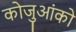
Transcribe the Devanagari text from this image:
कोजुआंको